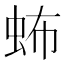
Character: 𧉩